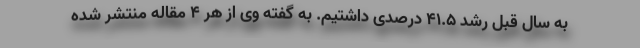
به سال قبل رشد 41.5 درصدی داشتیم. به گفته وی از هر 4 مقاله منتشر شده